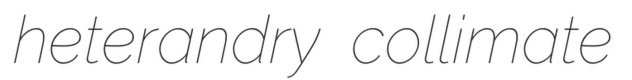
heterandry collimate